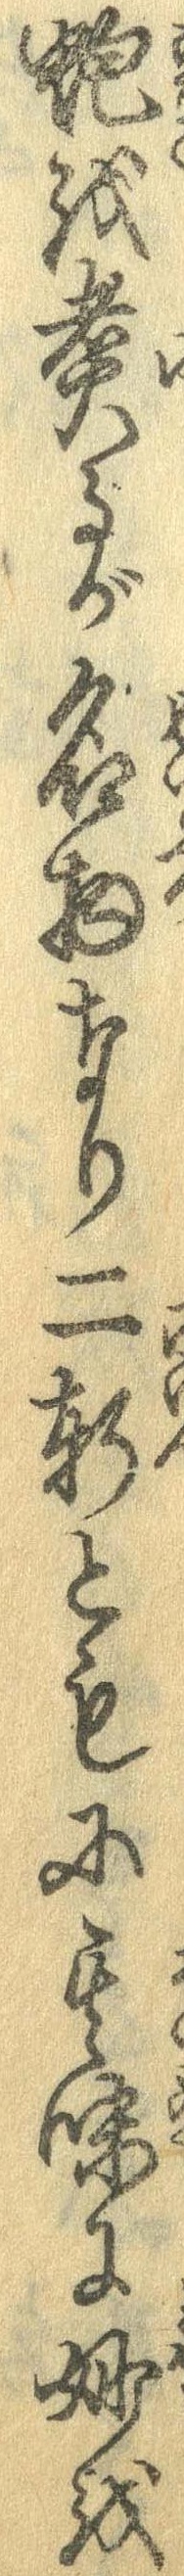
蚫を煮るが名物なり二軒ともに其味に妙を